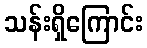
သန်းရှိကြောင်း